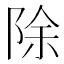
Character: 除